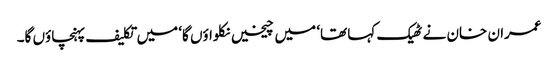
عمران خان نے ٹھیک کہا تھا‘ میں چیخیں نکلواؤں گا‘ میں تکلیف پہنچاؤں گا۔